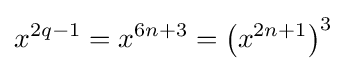
x^{2q-1}=x^{6n+3}=\left(x^{2n+1}\right)^{3}